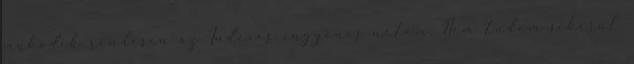
mukodik rendesen az Indexes ingyenes netem. Nem tudom sikerul